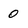
Character: 0